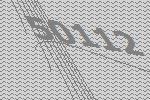
50112